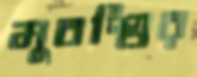
মুবশ্বির